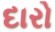
દારો